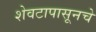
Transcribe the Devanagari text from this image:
शेवटापासूनचे